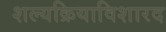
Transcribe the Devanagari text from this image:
शल्यक्रियाविशारद